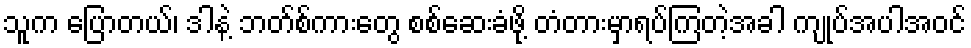
သူက ပြောတယ်၊ ဒါနဲ့ ဘတ်စ်ကားတွေ စစ်ဆေးခံဖို့ တံတားမှာရပ်ကြတဲ့အခါ ကျုပ်အပါအဝင်